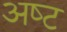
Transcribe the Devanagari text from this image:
अष्‍ट